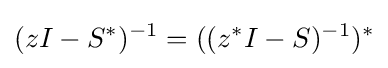
(zI-S^{*})^{-1}=((z^{*}I-S)^{-1})^{*}